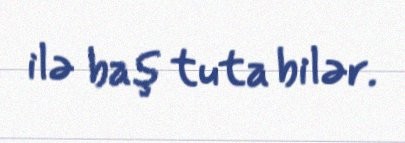
ilə baş tuta bilər.